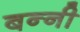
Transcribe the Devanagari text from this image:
बन्‍नी